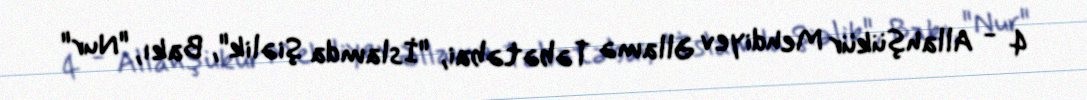
4 - Allahşükür Mehdiyev Əllamə Təbətəbai, "İslamda Şiəlik", Bakı, "Nur"